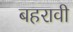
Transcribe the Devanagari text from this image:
बहरावी